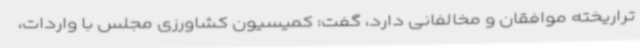
تراریخته موافقان و مخالفانی دارد، گفت: کمیسیون کشاورزی مجلس با واردات،